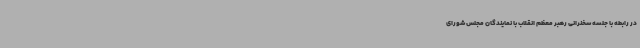
در رابطه با جلسه سخنرانی رهبر معظم انقلاب با نمایندگان مجلس شورای